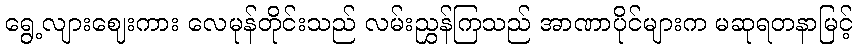
ရွေ့လျားဈေးကား လေမုန်တိုင်းသည် လမ်းညွှန်ကြသည် အာဏာပိုင်များက မဆုရတနာမြင့်